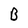
Character: B